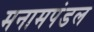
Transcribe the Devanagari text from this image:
मनामपंडल